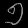
Digit: ၅